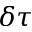
\delta \tau